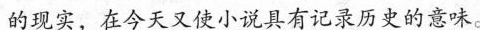
的现实，在今天又使小说具有记录历史的意味。